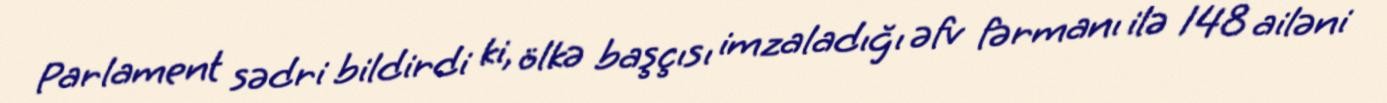
Parlament sədri bildirdi ki, ölkə başçısı imzaladığı əfv fərmanı ilə 148 ailəni